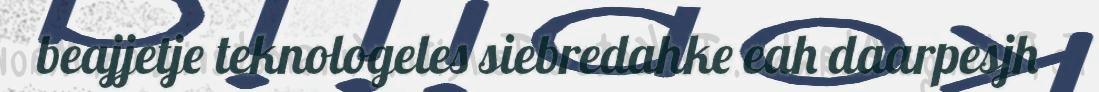
beajjetje teknologeles siebredahke eah daarpesjh